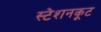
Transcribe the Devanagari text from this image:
स्टेशनकूट